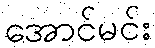
အောင်မင်း